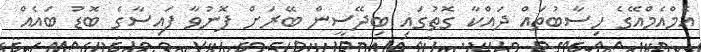
އެމްއެމްއޭގެ ހިސާބުތައް ދައްކާ ގޮތުގައި ބިދޭސީން ބޭރަށް ފޮނުވާ ފައިސާގެ ބޮޑު ބައެއް